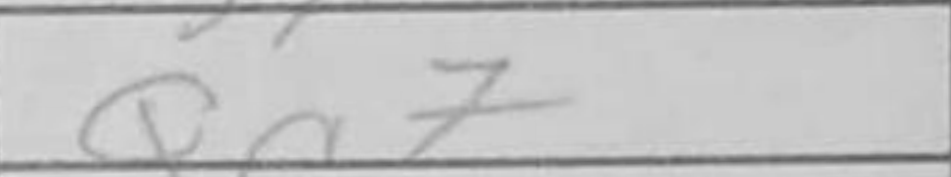
Transcription: Qc7